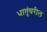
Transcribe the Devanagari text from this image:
धातूंवरील